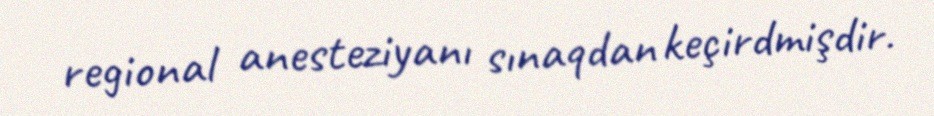
regional anesteziyanı sınaqdan keçirdmişdir.